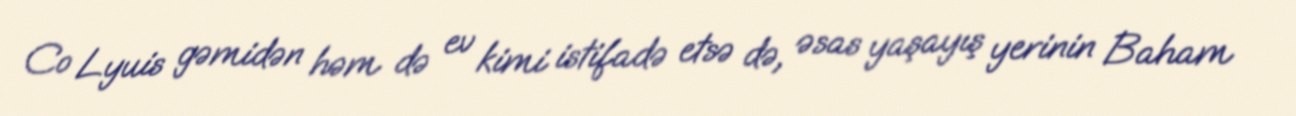
Co Lyuis gəmidən həm də ev kimi istifadə etsə də, əsas yaşayış yerinin Baham